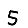
Digit: 5